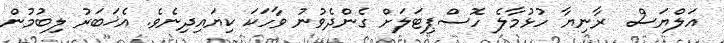
އަލްޔަސް  ރާނިޔާ ހުޅުމާލެ ހޮސްޕިޓަލަށް ގެންދެވުނު ވާހަކަ ކިޔައިދިނެވެ. އެޚަބަރު ލިބުމުން